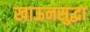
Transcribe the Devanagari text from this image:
खाऊनसुद्धा